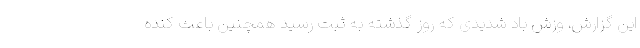
این گزارش، وزش باد شدیدی که روز گذشته به ثبت رسید همچنین باعث کنده